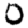
Digit: 0